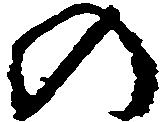
の